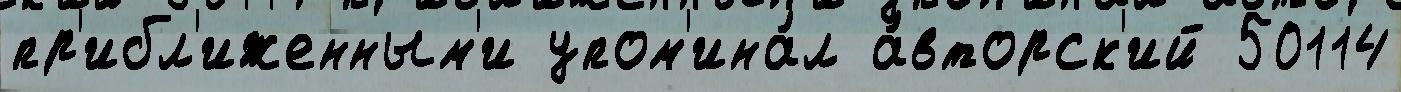
пр'ибл'иженным'и упом'ина́л а́вторск'ий 50114